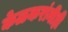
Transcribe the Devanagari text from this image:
केळकरांनीही